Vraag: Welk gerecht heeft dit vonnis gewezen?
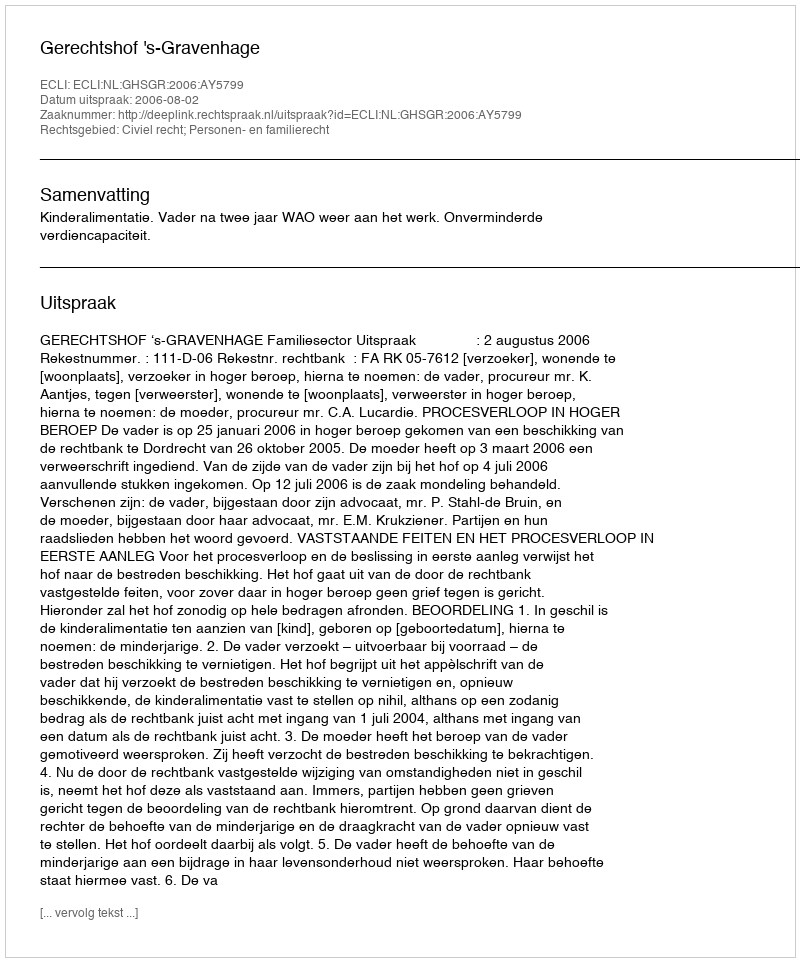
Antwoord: Gerechtshof 's-Gravenhage